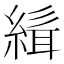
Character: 𮈭